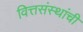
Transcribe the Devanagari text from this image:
वित्तसंस्थांची